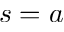
s = a